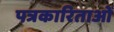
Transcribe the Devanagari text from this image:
पत्रकारिताओं